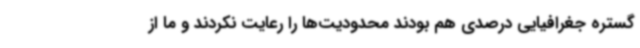
گستره جغرافیایی درصدی هم بودند محدودیت‌ها را رعایت نکردند و ما از